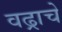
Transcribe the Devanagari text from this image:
वढ्राचे